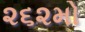
૨૬૨મો